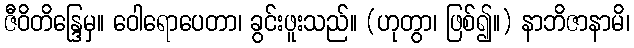
ဇီဝိတိန္ဒြေမှ။ ဝေါရောပေတာ၊ ခွင်းဖူးသည်။ (ဟုတွာ၊ ဖြစ်၍။) နာဘိဇာနာမိ၊